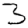
Digit: 3